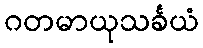
ဂတမာယုသင်္ခယံ